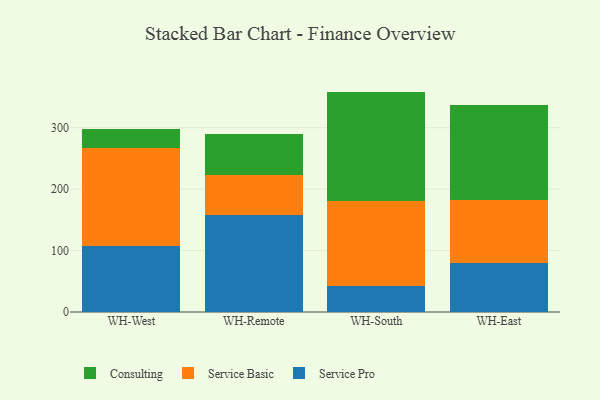
{"axis": {"x": "Warehouse", "y": "Net Income (USD K)"}, "legend": ["Consulting", "Service Basic", "Service Pro"], "data": [{"x": "WH-West", "y": 107.4, "type": "Service Pro"}, {"x": "WH-West", "y": 159.2, "type": "Service Basic"}, {"x": "WH-West", "y": 31.9, "type": "Consulting"}, {"x": "WH-Remote", "y": 157.8, "type": "Service Pro"}, {"x": "WH-Remote", "y": 64.9, "type": "Service Basic"}, {"x": "WH-Remote", "y": 67.8, "type": "Consulting"}, {"x": "WH-South", "y": 41.9, "type": "Service Pro"}, {"x": "WH-South", "y": 139.3, "type": "Service Basic"}, {"x": "WH-South", "y": 177.6, "type": "Consulting"}, {"x": "WH-East", "y": 79.3, "type": "Service Pro"}, {"x": "WH-East", "y": 103.0, "type": "Service Basic"}, {"x": "WH-East", "y": 154.0, "type": "Consulting"}]}